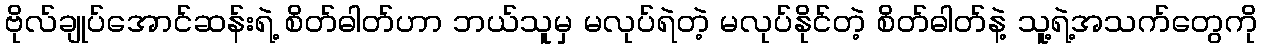
ဗိုလ်ချုပ်အောင်ဆန်းရဲ့ စိတ်ဓါတ်ဟာ ဘယ်သူမှ မလုပ်ရဲတဲ့ မလုပ်နိုင်တဲ့ စိတ်ဓါတ်နဲ့ သူ့ရဲ့အသက်တွေကို